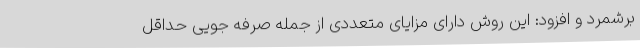
برشمرد و افزود: این روش دارای مزایای متعددی از جمله صرفه جویی حداقل